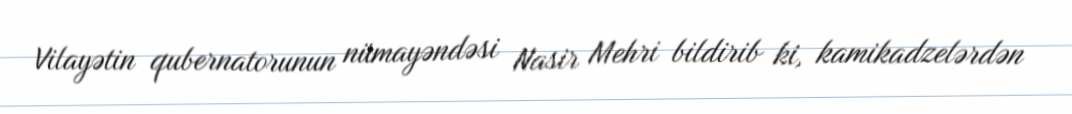
Vilayətin qubernatorunun nümayəndəsi Nasir Mehri bildirib ki, kamikadzelərdən